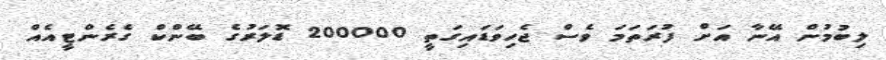
ލިބުމުން އޭނާ އަށް ފުރަތަމަ ވެސް ޖެހިވަޑައިގަތީ 200000 ޑޮލަރުގެ ބޭންކް ގެރެންޓީއެއް